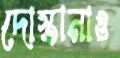
দোস্তানাও